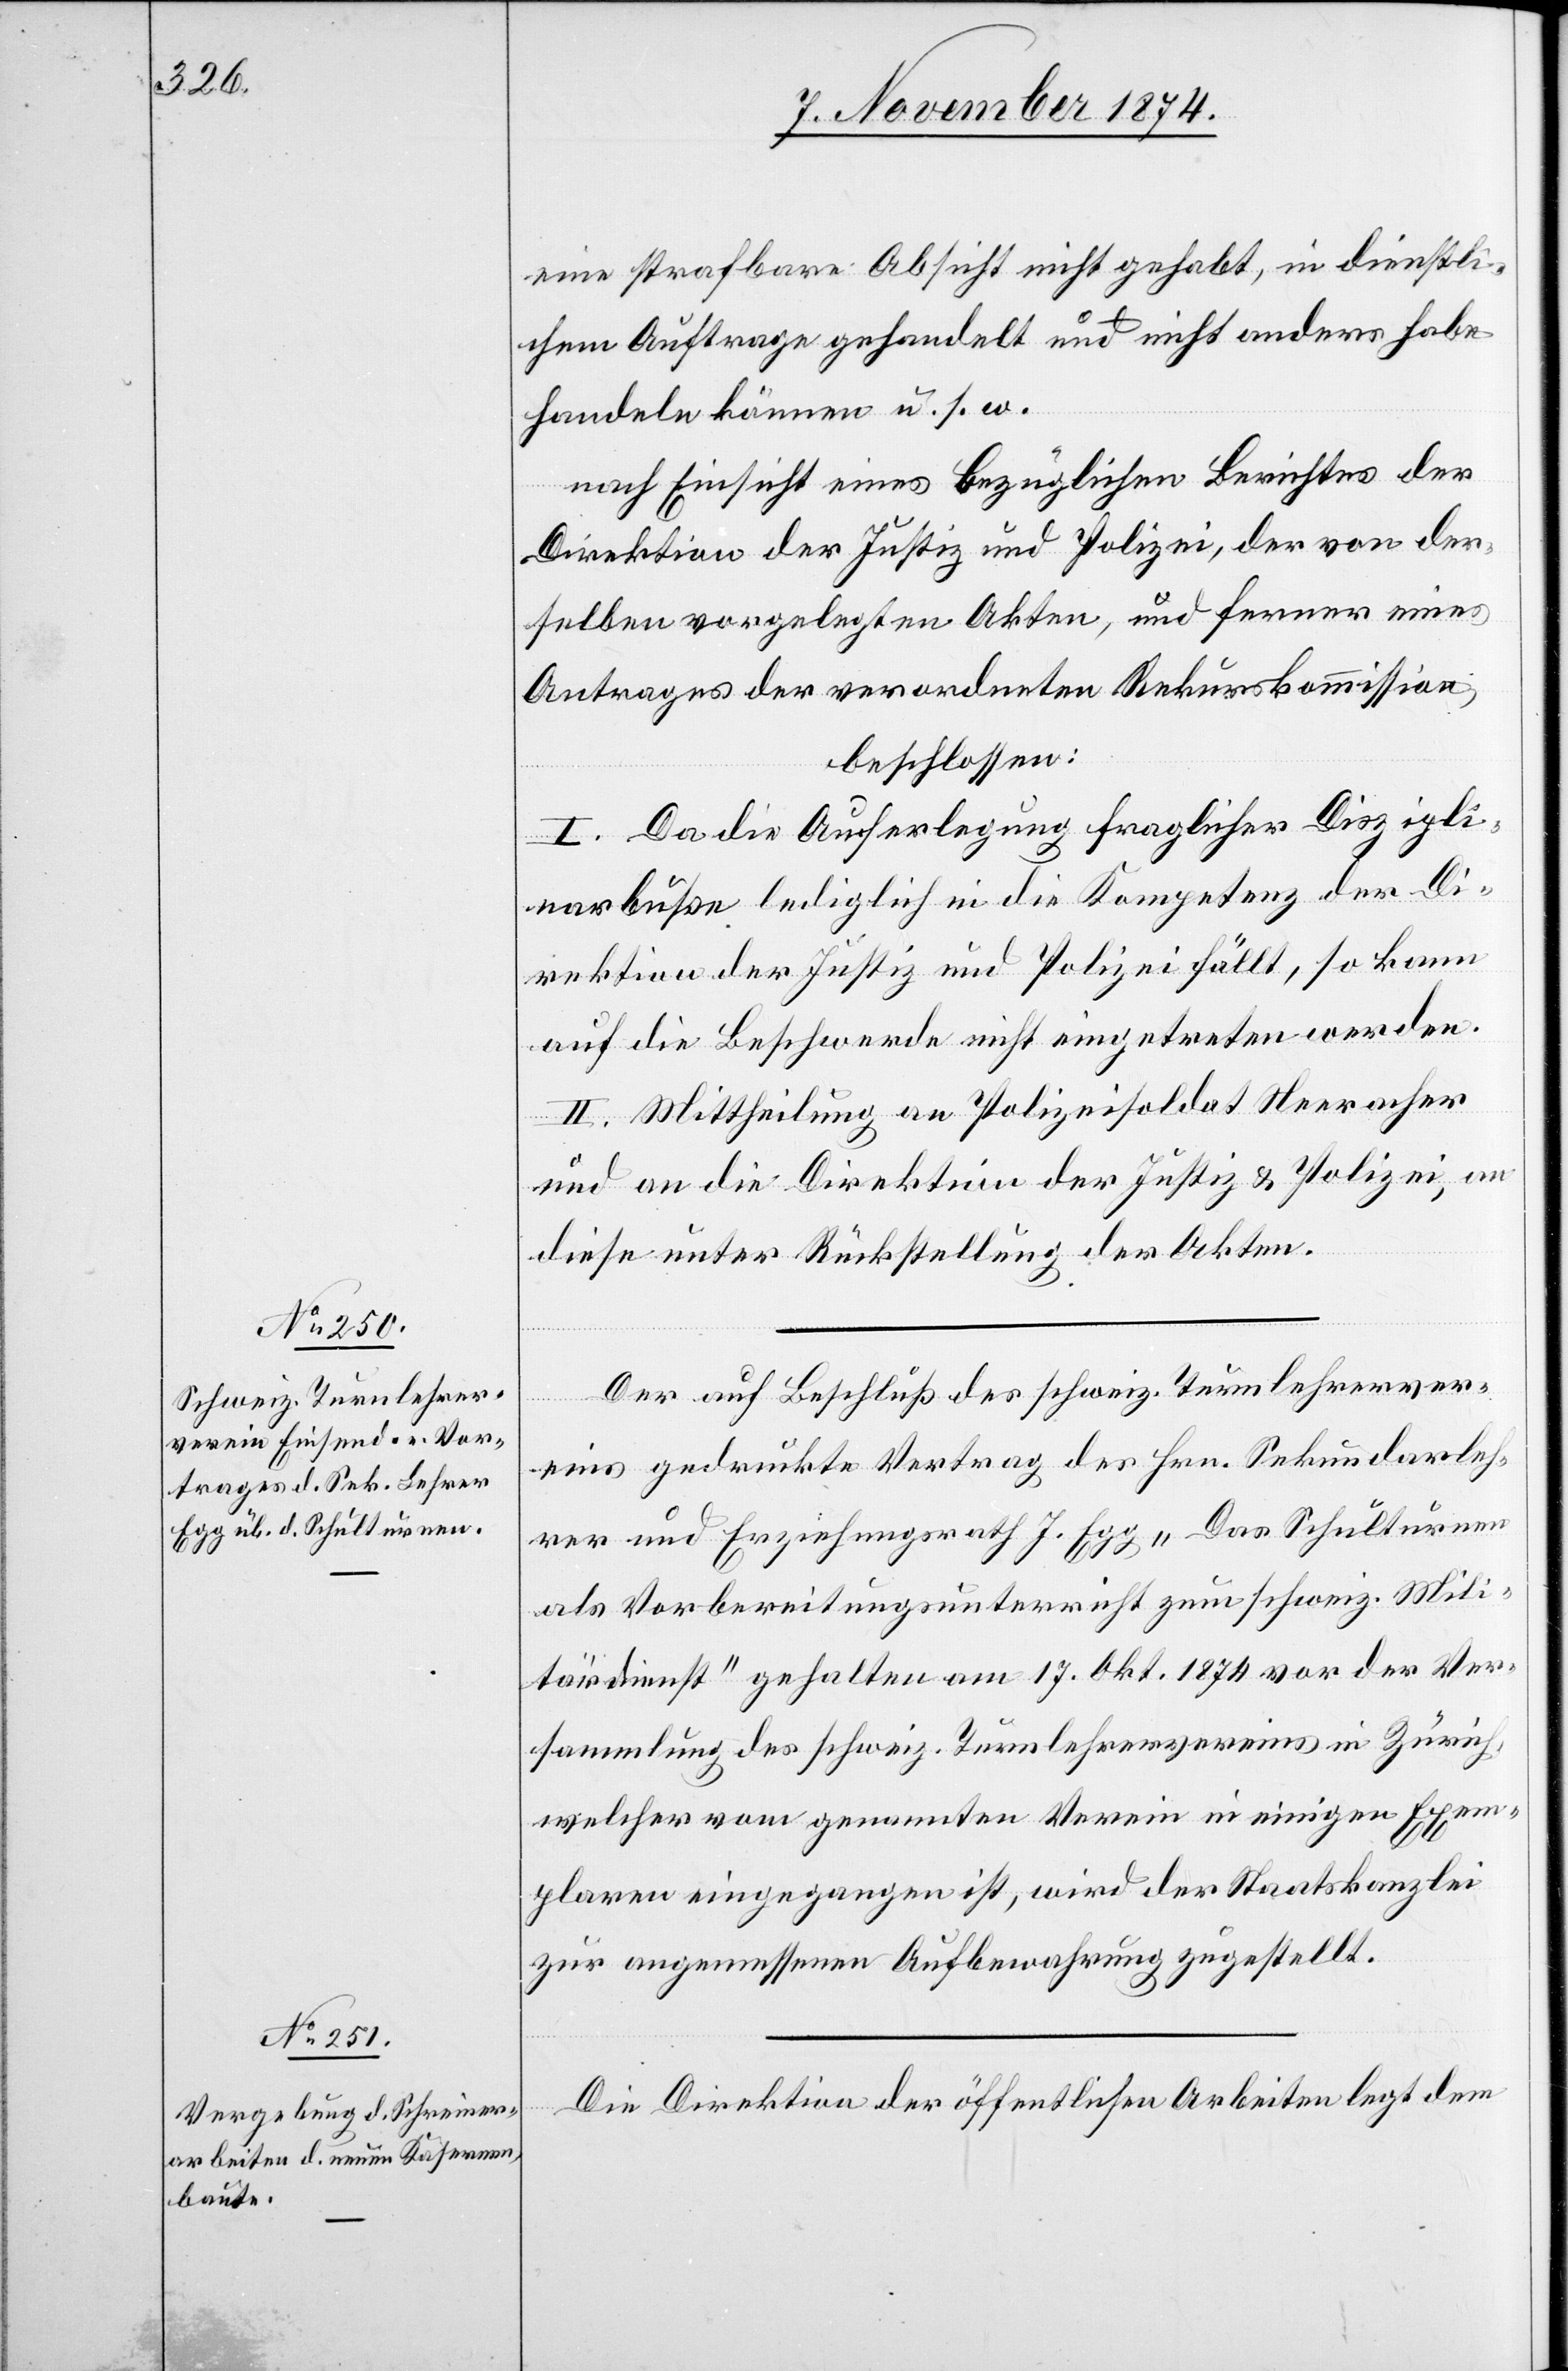
eine strafbare Absicht nicht gehabt, in dienstli¬
chem Auftrage gehandelt und nicht anders habe
handeln können u. s. w.
nach Einsicht eines bezüglichen Berichtes der
Direktion der Justiz und Polizei, der von der¬
selben vorgelegten Akten, und ferner eines
Antrages der verordneten Rekurskommission,
beschlossen:
I. Da die Auferlegung fraglicher Diszipli¬
narbuße lediglich in die Kompetenz der Di¬
rektion der Justiz und Polizei fällt, so kann
auf die Beschwerde nicht eingetreten werden.
II. Mittheilung an Polizeisoldat Neeracher
und an die Direktion der Justiz & Polizei, an
diese unter Rückstellung der Akten.
Der auf Beschluß des schweiz. Turnlehrerver¬
eins gedruckte Vertrag des Hrn. Sekundarleh¬
rer und Erziehungsrath J. Egg „Das Schulturnen
als Vorbereitungsunterricht zum schweiz. Mili¬
tärdienst“ gehalten am 17. Okt. 1874 war der Ver¬
sammlung des schweiz. Turnlehrervereins in Zürich
welcher vom genannten Verein in einigen Exem¬
plaren eingegangen ist, wird der Staatskanzlei
zur angemessenen Aufbewahrung zugestellt.
Die Direktion der öffentlichen Arbeiten legt dem